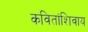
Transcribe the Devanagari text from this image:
कवितांशिवाय